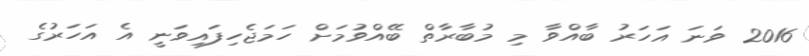
2016 ވަނަ އަހަރު ބާއްވާ މި މުބާރާތް ބޭއްވުމަށް ހަމަޖެހިފައިވަނީ އެ އަހަރުގެ